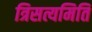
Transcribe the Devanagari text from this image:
त्रिसत्यमिति